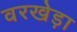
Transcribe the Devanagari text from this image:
वरखेड़ा